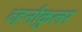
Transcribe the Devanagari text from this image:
व्हर्नाकुलर